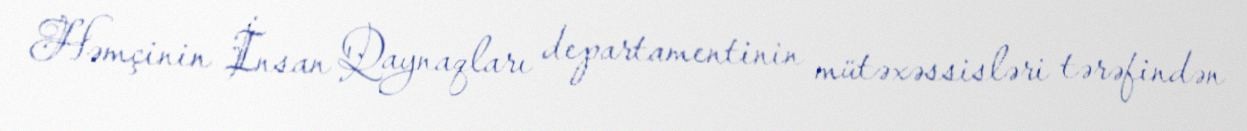
Həmçinin İnsan Qaynaqları departamentinin mütəxəssisləri tərəfindən